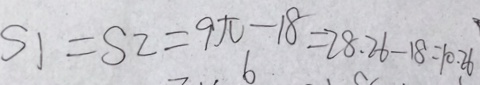
S 1 = S 2 = 9 \pi - 1 8 = 2 8 . 2 6 - 1 8 = 1 0 . 2 6